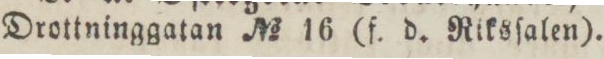
Drottninggatan No 16 (f. d. Riksſalen).